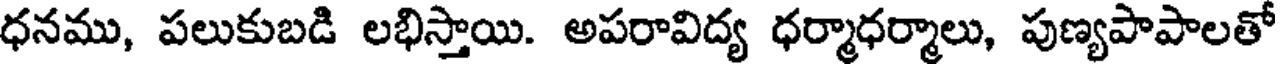
ధనము, పలుకుబడి లభిస్తాయి. అపరావిద్య ధర్మాధర్మాలు, పుణ్యపాపాలతో